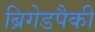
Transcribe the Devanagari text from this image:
ब्रिगेडपैकी